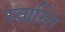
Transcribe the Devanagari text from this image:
स्‍वास्‍ति